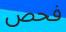
فحص